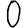
Digit: 0